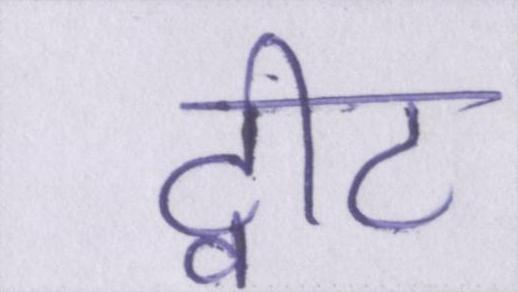
ट्वीट